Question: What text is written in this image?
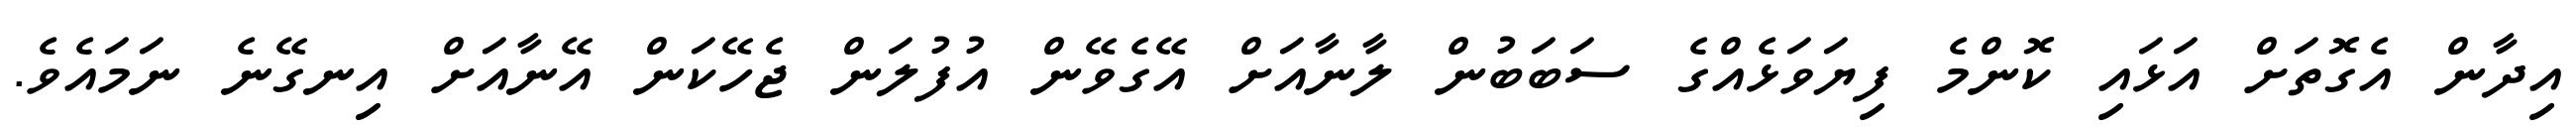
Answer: އިދާން އެގޮތަށް އަޅައި ކޮންމެ ފިޔަވަޅެއްގެ ސަބަބުން ލާނާއަށް އޭގެވޭން އުފުލަން ޖެހޭކަން އޭނާއަށް އިނގޭނެ ނަމައެވެ.